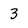
Character: 3